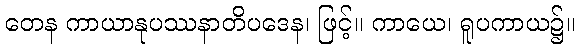
တေန ကာယာနုပဿနာတိပဒေန၊ ဖြင့်။ ကာယေ၊ ရူပကာယ၌။